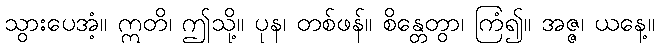
သွားပေအံ့။ ဣတိ၊ ဤသို့။ ပုန၊ တစ်ဖန်။ စိန္တေတွာ၊ ကြံ၍။ အဇ္ဇ၊ ယနေ့။